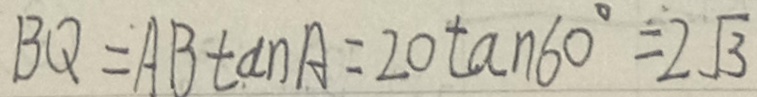
B Q = A B \tan A = 2 0 \tan 6 0 ^ { \circ } = 2 \sqrt { 3 }